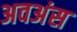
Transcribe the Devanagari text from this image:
अवअंस